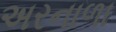
અરનાળા